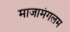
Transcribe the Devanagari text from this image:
माजामंगलम